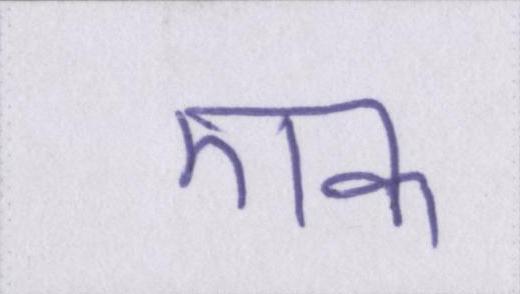
एक